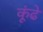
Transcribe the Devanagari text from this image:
कूंढे